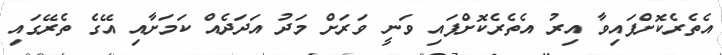
އެތެެރެކޮށްފައިވާ އިރު އެތެރެކޮށްފައި ވަނީ ވަރަށް މަދު އަދަދެއް ކަމަށާއި އޭގެ ތެރޭގައި